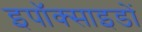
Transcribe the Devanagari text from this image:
इपॉक्साइडों